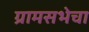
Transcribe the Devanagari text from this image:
ग्रामसभेचा